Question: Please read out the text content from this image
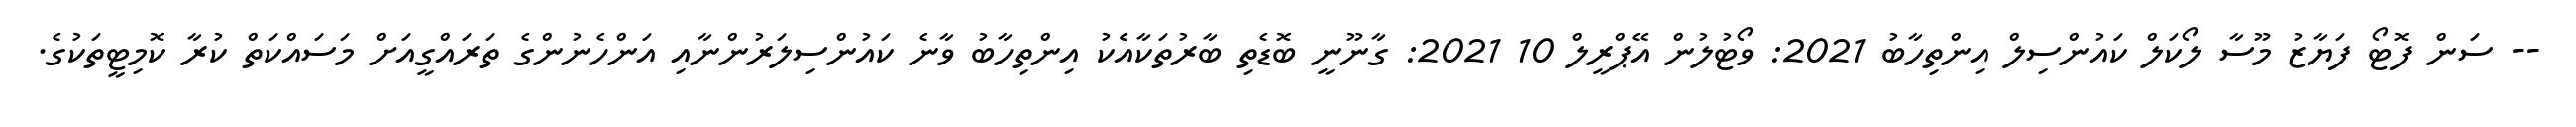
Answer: -- ސަން ފޮޓޯ ފަޔާޒު މޫސާ ލޯކަލް ކައުންސިލް އިންތިހާބު 2021: ވޯޓުލުން އޭޕްރީލް 10 2021: ގާނޫނީ ބޮޑެތި ބާރުތަކާއެެކު އިންތިހާބު ވާނެ ކައުންސިލަރުންނާއި އަންހެނުންގެ ތަރައްގީއަށް މަސައްކަތް ކުރާ ކޮމިޓީތަކުގެ.